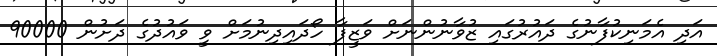
އަދި އެމަނިކުފާނުގެ ދައުރުގައި ޒުވާނުންނަށް ވަޒީފާ ހޯދައިދިނުމަށް ވީ ވައުދުގެ ދަށުން 90000